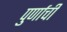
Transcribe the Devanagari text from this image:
पुर्णाची